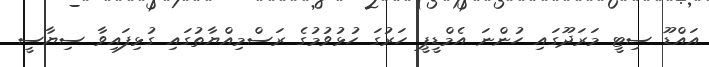
އައްޑޫ ސިޓީ މަރަދޫގައި ހުންނަ އެމްޑީޕީ ހަރުގަ ހުޅުވުމުގެ ރަސްމިއްޔާތުގައި ގުޅިފައިވާ ސިޔާސީ